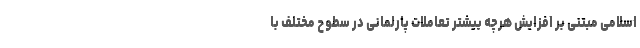
اسلامی مبتنی بر افزایش هرچه بیشتر تعاملات پارلمانی در سطوح مختلف با